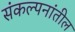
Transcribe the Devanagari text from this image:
संकल्पनांतील